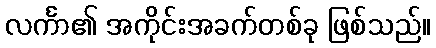
လင်္ကာ၏ အကိုင်းအခက်တစ်ခု ဖြစ်သည်။